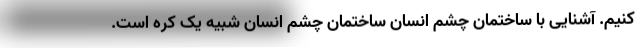
‌کنیم. آشنایی با ساختمان چشم انسان ساختمان چشم انسان شبیه یک کره است.